Regulations for the medical services of the Army of India
Year: 1930
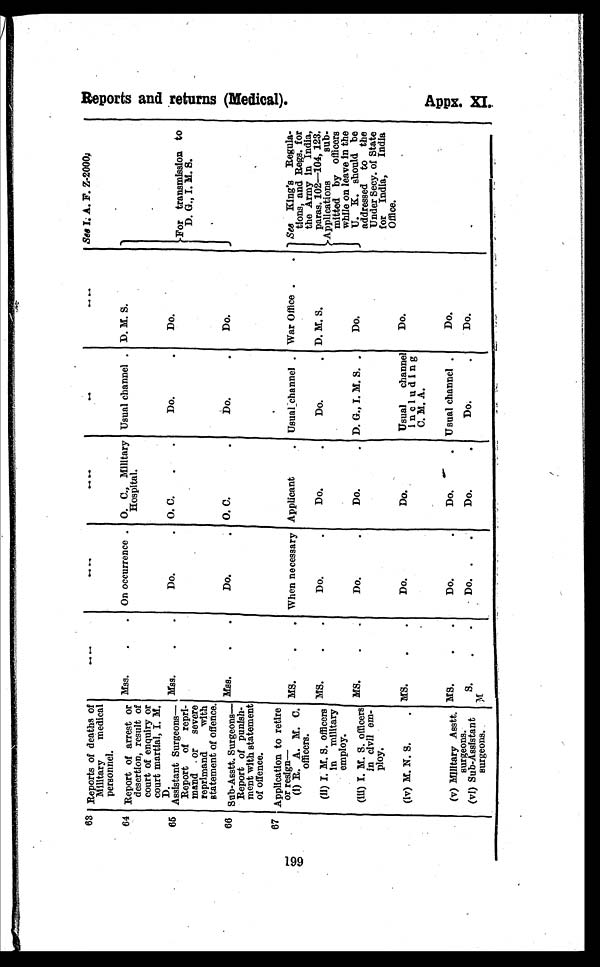
199
63 Reports of deaths of
Military
medical
personnel.
....
. . . .
. . . .
. .
. . . .
See I. A. F. Z-2000.
64
Report of arrest or
desertion, result of
court of enquiry or
court martial, I. M.
D.
Mss. . . On occurrence . O. C., Military
Hospital.
Usual channel . D. M. S.
For transmission to
D. G., I. M. S .
6 5
Assistant Surgeons—
Report of repri-
mand . or severe
reprimand
with
statement of offence.
Mss.
. .
Do.
. O. C.
.
.
Do.
.
Do.
6 6 Sub-Asstt. Surgeons—
Report of punish-
ment with statement
of offence.
Mss. . .
Do.
. O. C.
.
Do.
.
Do.
6 7 Application to retire
or resign—
(i) R. A. M. C.
officers.
MS.
.
. When necessary Applicant
Usual channel . War Office .
. See King's Regula-
tions, and Regs. for
the Army in India,
paras. 102
—104,
123.
Applications
sub-
mitted by officers
while on leave in the
U. K. should be
addressed to the
Under Secy. of State
for India, India
Office.
(
I I
) I . M . S . o f f i c e r s
in military
employ.
MS.
. .
Do.
.
Do.
.
Do.
. D. M. S.
(III) I. M. S. officers
in civil em-
ploy.
MS.
. .
Do.
.
Do.
. D. G., I. M. S. .
Do.
(iv) M. N. S.
. MS. . .
Do.
Do.
Usual channel
including
C. M. A.
Do.
(v) Military Asstt.
surgeons.
MS.
.
.
Do.
.
Do.
. Usual channel .
Do.
(v1) Sub-Assistant
S u r g e o n s .
M S .
. .
Do. .
.
Do.
.
Do.
.
Do.
R e p o r t s a n d r e t u r n s ( M e d i c a l ) .
A p p x . X I .